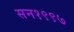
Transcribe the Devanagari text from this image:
सन१९९७